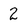
Character: 2